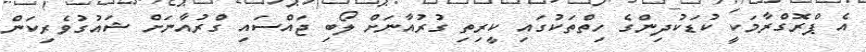
އެ ޕްރޮގްރާމަކީ ކުޑަކުދިންގެ ހިތްތަކުގައި ކީރިތި ގުރުއާނަށް ލޯބި ޖައްސައި ގްރުއާނަށް ޝައުގުވެރިކަން